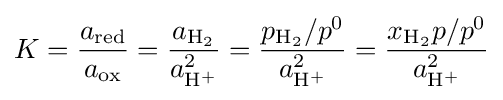
K={\frac {a_{\text{red}}}{a_{\text{ox}}}}={\frac {a_{\mathrm {H_{2}} }}{a_{\mathrm {H^{+}} }^{2}}}={\frac {p_{\mathrm {H_{2}} }/p^{0}}{a_{\mathrm {H^{+}} }^{2}}}={\frac {x_{\mathrm {H_{2}} }p/p^{0}}{a_{\mathrm {H^{+}} }^{2}}}